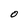
Character: o